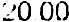
20.00